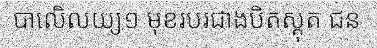
បាលេិលយ្យ១ មុខរបរជាងបិតស្គុត ជន